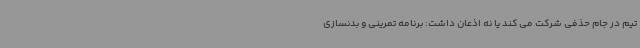
تیم در جام حذفی شرکت می کند یا نه اذعان داشت: برنامه تمرینی و بدنسازی